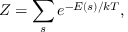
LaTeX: \; Z = \sum _ { s } e ^ { - E ( s ) / k T } ,